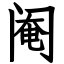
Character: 阉